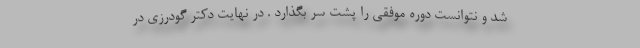
شد و نتوانست دوره موفقی را پشت سر بگذارد . در نهایت دکتر گودرزی در